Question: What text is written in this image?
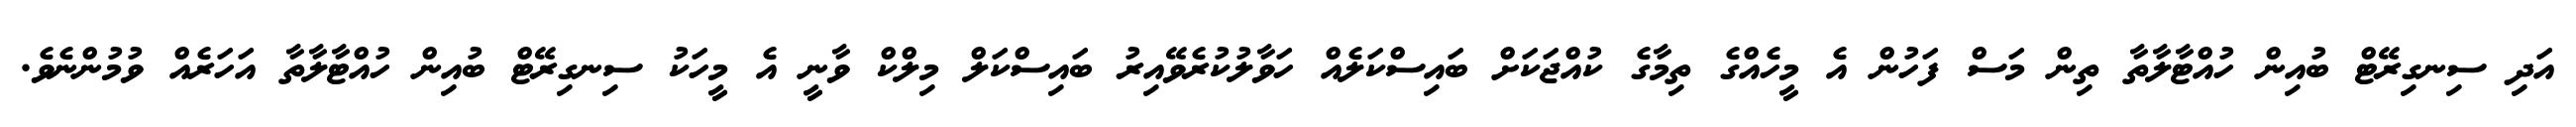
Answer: އަދި ސިނގިރޭޓް ބުއިން ހުއްޓާލާތާ ތިން މަސް ފަހުން އެ މީހެއްގެ ތިމާގެ ކުއްޖަކަށް ބައިސްކަލެއް ހަވާލުކުރެވޭއިރު ބައިސްކަލް މިލްކް ވާނީ އެ މީހަކު ސިނގިރޭޓް ބުއިން ހުއްޓާލާތާ އަހަރެއް ވުމުންނެވެ.